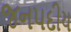
જનપદીય